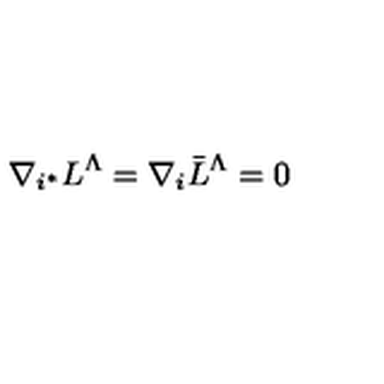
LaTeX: \nabla _ { i ^ { * } } L ^ { \Lambda } = \nabla _ { i } \bar { L } ^ { \Lambda } = 0